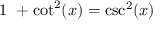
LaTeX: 1 \ + \cot ^ { 2 } ( x ) = \csc ^ { 2 } ( x )